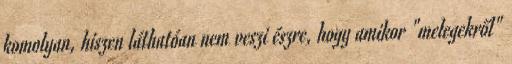
komolyan, hiszen láthatóan nem veszi észre, hogy amikor "melegekről"